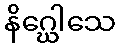
နိဂ္ဃေါသေ